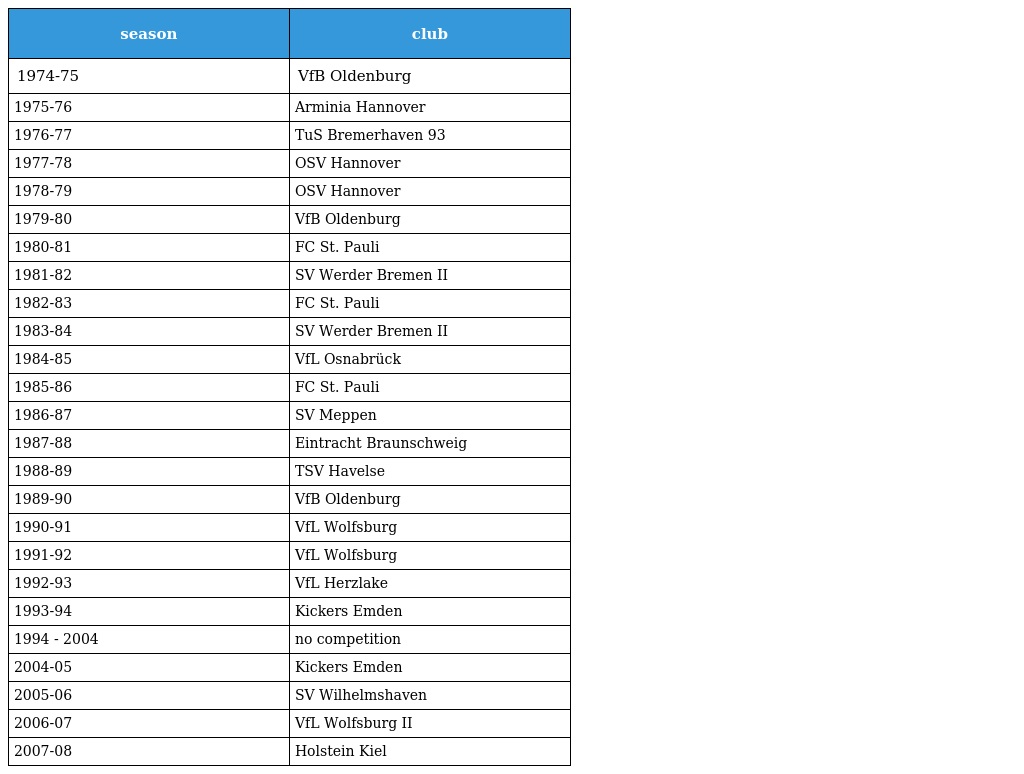
| season | club |
 | --- | --- |
 | 1974-75 | VfB Oldenburg |
 | 1975-76 | Arminia Hannover |
 | 1976-77 | TuS Bremerhaven 93 |
 | 1977-78 | OSV Hannover |
 | 1978-79 | OSV Hannover |
 | 1979-80 | VfB Oldenburg |
 | 1980-81 | FC St. Pauli |
 | 1981-82 | SV Werder Bremen II |
 | 1982-83 | FC St. Pauli |
 | 1983-84 | SV Werder Bremen II |
 | 1984-85 | VfL Osnabrück |
 | 1985-86 | FC St. Pauli |
 | 1986-87 | SV Meppen |
 | 1987-88 | Eintracht Braunschweig |
 | 1988-89 | TSV Havelse |
 | 1989-90 | VfB Oldenburg |
 | 1990-91 | VfL Wolfsburg |
 | 1991-92 | VfL Wolfsburg |
 | 1992-93 | VfL Herzlake |
 | 1993-94 | Kickers Emden |
 | 1994 - 2004 | no competition |
 | 2004-05 | Kickers Emden |
 | 2005-06 | SV Wilhelmshaven |
 | 2006-07 | VfL Wolfsburg II |
 | 2007-08 | Holstein Kiel |